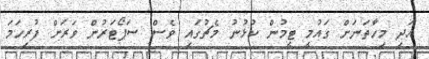
އަދި މިހާތަނަށް ގައުމީ ޓީމުން ކުޅުނު މެޗުގައި ވެސް ސަޕޯޓަރުން ވަރަށް ފުރިހަމަ